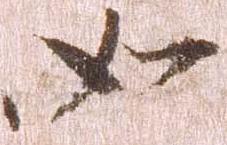
如